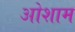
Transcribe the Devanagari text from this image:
ओशाम